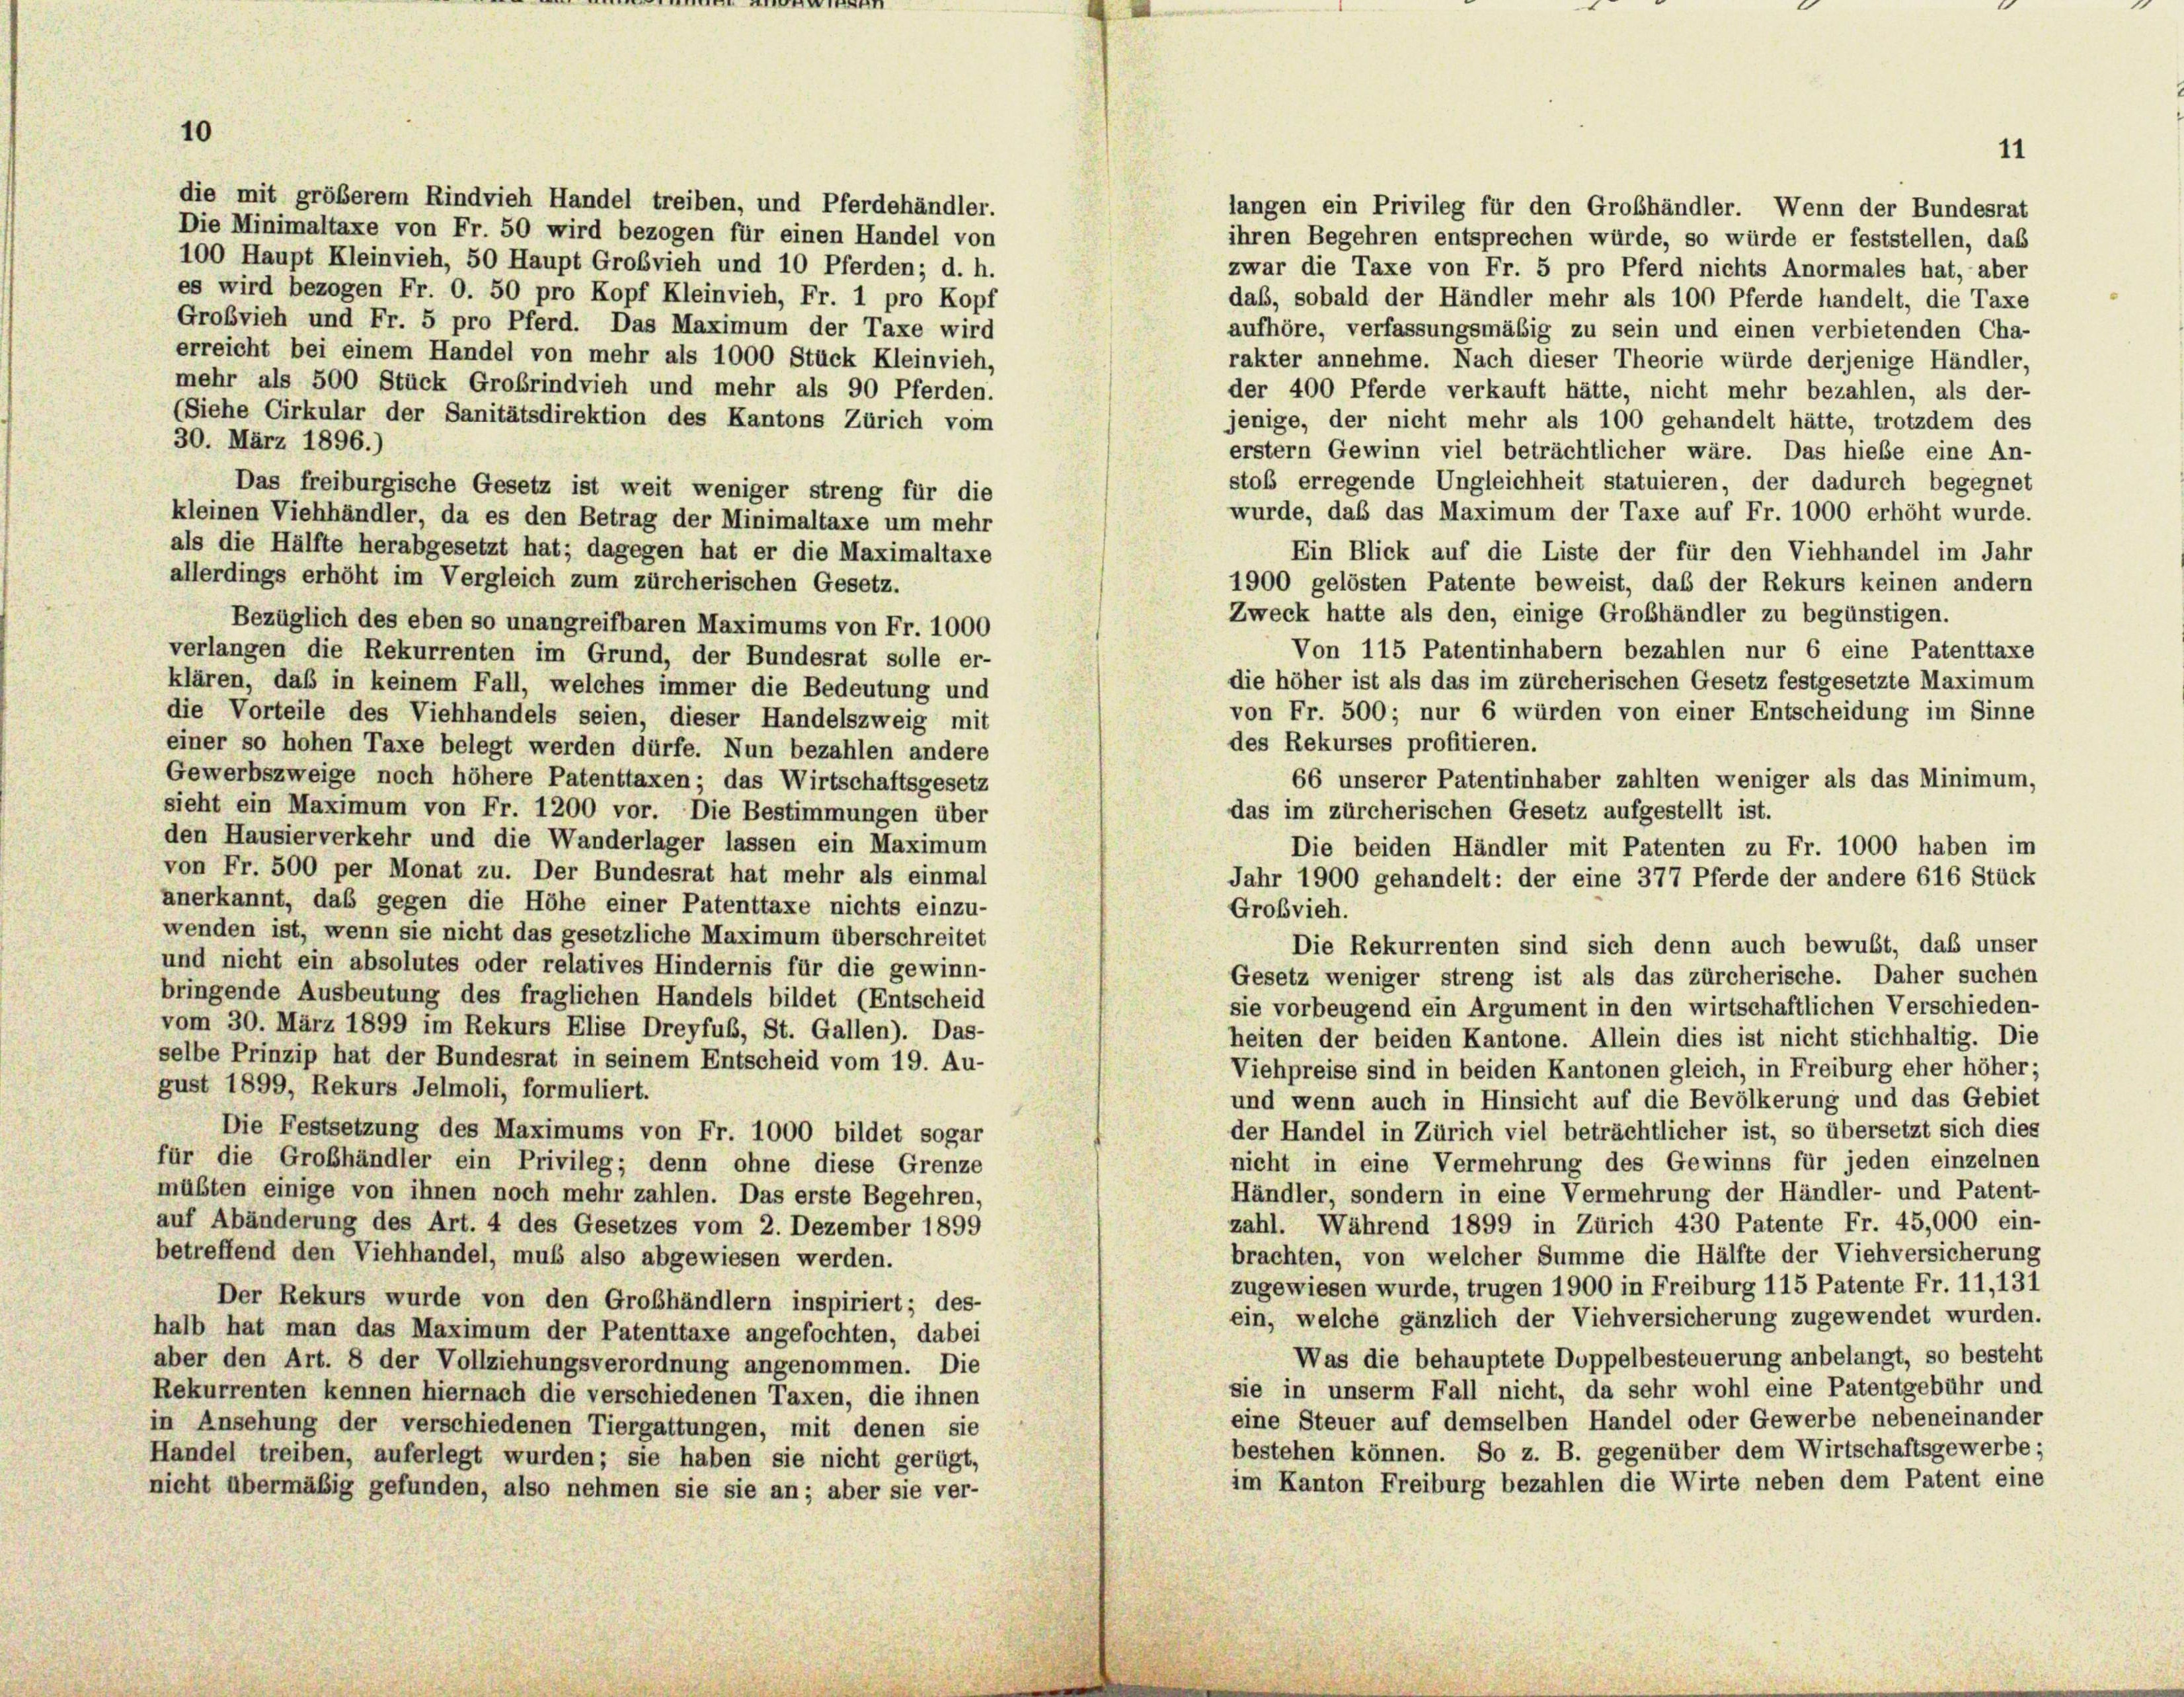
10
die mit größerem Rindvieh Handel treiben, und Pferdehändler.

langen ein Privileg für den Großhändler. Wenn der Bundesrat
Die Minimaltaxe von Fr. 50 wird bezogen für einen Handel von
ihren Begehren entsprechen würde, so würde er feststellen, das
100 Haupt Kleinvieh, 50 Haupt Großvieh und 10 Pferden; d. h.
zwar die Taxe von Fr. 5 pro Pferd nichts Anormales hat, aber
es wird bezogen Fr. O. 50 pro Kopf Kleinvieh, Fr. 1 pro Kopf
daß, sobald der Händler mehr als 100 Pferde handelt, die Taxe
Großvieh und Fr. 5 pro Pferd. Das Maximum der Taxe wird
aufhöre, verfassungsmäßig zu sein und einen verbietenden Cha-
erreicht bei einem Handel von mehr als 1000 Stück Kleinvieh,
rakter annehme. Nach dieser Theorie würde derjenige Händler,
mehr als 500 Stück Großrindvieh und mehr als 90 Pferden.
der 400 Pferde verkauft hätte, nicht mehr bezahlen, als der-
(Siehe Cirkular der Sanitätsdirektion des Kantons Zürich vom
jenige, der nicht mehr als 100 gehandelt hätte, trotzdem des
30. März 1896.)
erstem Gewinn viel beträchtlicher wäre. Das hiebe eine An-
stoß erregende Ungleichheit statuieren, der dadurch begegnet
Das freiburgische Gesetz ist weit weniger streng für die
wurde, daß das Maximum der Taxe auf Fr. 1000 erhöht wurde.
kleinen Viehhändler, da es den Betrag der Minimaltaxe um mehr
als die Hälfte herabgesetzt hat; dagegen hat er die Maximaltaxe
Ein Blick auf die Liste der für den Viehhandel im Jahr
allerdings erhöht im Vergleich zum zürcherischen Gesetz.
1900 gelösten Patente beweist, daß der Rekurs keinen andern
Zweck hatte als den, einige Grobhändler zu begünstigen.
Bezüglich des eben so unangreifbaren Maximums von Fr. 1000
Von 115 Patentinhabern bezahlen nur 6 eine Patenttaxe
verlangen die Rekurrenten im Grund, der Bundesrat solle er-
die höher ist als das im zürcherischen Gesetz festgesetzte Maximum
klären, daß in keinem Fall, welches immer die Bedeutung und
von Fr. 500; nur 6 würden von einer Entscheidung im Sinne
die Vorteile des Viehhandels seien, dieser Handelszweig mit
des Rekurses profitieren.
einer so hohen Taxe belegt werden dürfe. Nun bezahlen andere
Gewerbszweige noch höhere Patenttaxen ; das Wirtschaftsgesetz
66 unserer Patentinhaber zahlten weniger als das Minimum,
sieht ein Maximum von Fr. 1200 vor. Die Bestimmungen über
das im zürcherischen Gesetz aufgestellt ist.
den Hausierverkehr und die Wanderlager lassen ein Maximum
Die beiden Händler mit Patenten zu Fr. 1000 haben im
von Fr. 500 per Monat zu. Der Bundesrat hat mehr als einmal
Jahr 1900 gehandelt: der eine 377 Pferde der andere 616 Stück
anerkannt, das gegen die Höhe einer Patenttaxe nichts einzu-
Großvieh.
wenden ist, wenn sie nicht das gesetzliche Maximum überschreitet
Die Rekurrenten sind sich denn auch bewust, das unser
und nicht ein absolutes oder relatives Hindernis für die gewinn-
Gesetz weniger streng ist als das zürcherische. Daher suchen
bringende Ausbeutung des fraglichen Handels bildet (Entscheid
sie vorbeugend ein Argument in den wirtschaftlichen Verschieden-
vom 30. März 1899 im Rekurs Elise Dreyfuß, St. Gallen). Das
heiten der beiden Kantone. Allein dies ist nicht stichhaltig. Die
selbe Prinzip hat der Bundesrat in seinem Entscheid vom 19. Au-
Viehpreise sind in beiden Kantonen gleich, in Freiburg eher höher;
gust 1899, Rekurs Jelmoli, formuliert.
und wenn auch in Hinsicht auf die Bevölkerung und das Gebiet
Die Festsetzung des Maximums von Fr. 1000 bildet sogar
der Handel in Zürich viel beträchtlicher ist, so übersetzt sich dies
für die Großhändler ein Privileg; denn ohne diese Grenze
nicht in eine Vermehrung des Gewinns für jeden einzelnen
müßten einige von ihnen noch mehr zahlen. Das erste Begehren,
Händler, sondern in eine Vermehrung der Händler- und Patent-
zahl. Während 1899 in Zürich 430 Patente Fr. 45,000 ein-
auf Abänderung des Art. 4 des Gesetzes vom 2. Dezember 1899
brachten, von welcher Summe die Hälfte der Viehversicherung
betreffend den Viehhandel, muß also abgewiesen werden.
zugewiesen wurde, trugen 1900 in Freiburg 115 Patente Fr. 11,131
Der Rekurs wurde von den Großhändlern inspiriert; des-
ein, welche gänzlich der Viehversicherung zugewendet wurden.
halb hat man das Maximum der Patenttaxe angefochten, dabei
Was die behauptete Doppelbesteuerung anbelangt, so besteht
aber den Art. 8 der Vollziehungsverordnung angenommen. Die
sie in unserm Fall nicht, da sehr wohl eine Patentgebühr und
Rekurrenten kennen hiernach die verschiedenen Taxen, die ihnen
eine Steuer auf demselben Handel oder Gewerbe nebeneinander
in Ansehung der verschiedenen Tiergattungen, mit denen sie
bestehen können. So z. B. gegenüber dem Wirtschaftsgewerbe;
Handel treiben, auferlegt wurden; sie haben sie nicht gerügt,
im Kanton Freiburg bezahlen die Wirte neben dem Patent eine
nicht übermäßig gefunden, also nehmen sie sie an; aber sie ver-